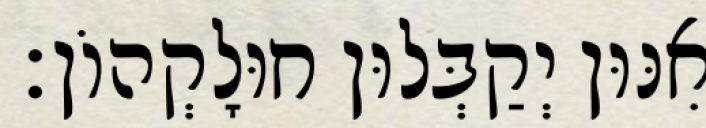
אִנּוּן יְקַבְּלוּן חוּלָקְהוֹן׃